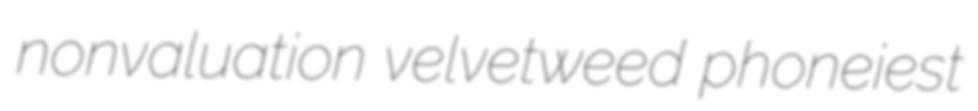
nonvaluation velvetweed phoneiest